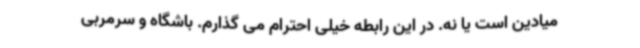
میادین است یا نه. در این رابطه خیلی احترام می گذارم. باشگاه و سرمربی